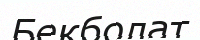
Бекболат